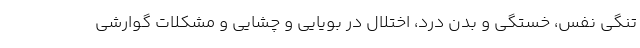
تنگی نفس، خستگی و بدن درد، اختلال در بویایی و چشایی و مشکلات گوارشی